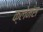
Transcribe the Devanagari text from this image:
क्लेमंस